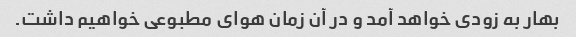
بهار به زودی خواهد آمد و در آن زمان هوای مطبوعی خواهیم داشت.